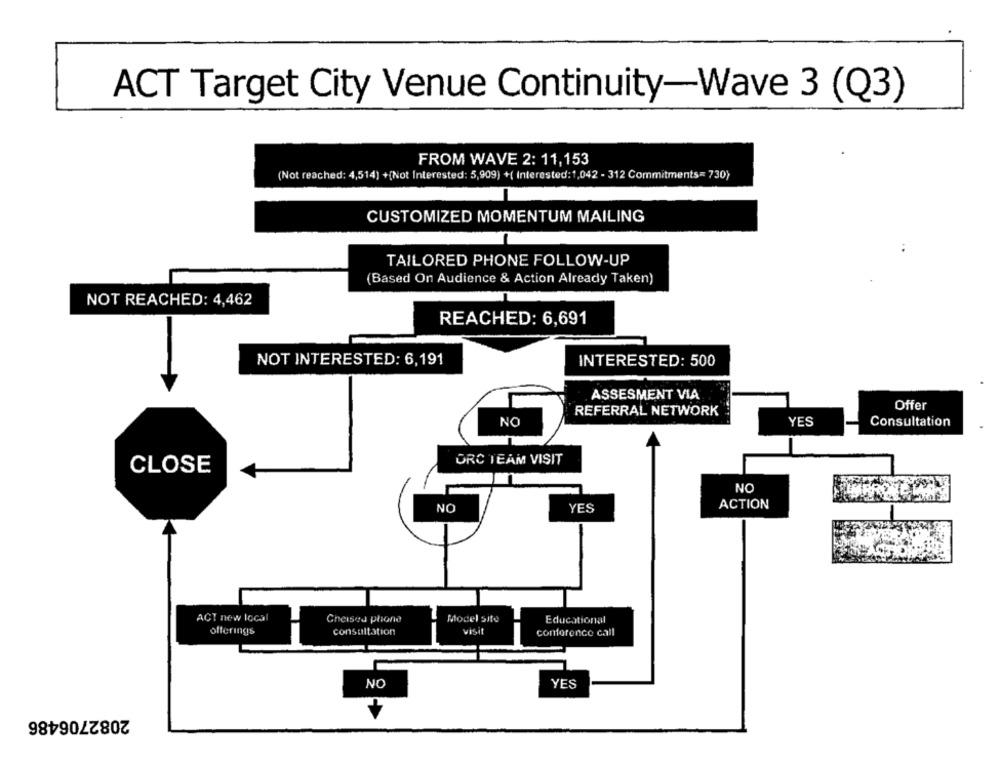
ACT Target City Venue Continuity-Wave 3 (Q3)
FROM WAVE 2: 11,153
(Not reached: 4,514) +(Not Interested: 5,909) +( Interested:1,042 - 312 Commitments= 730)
CUSTOMIZED MOMENTUM MAILING
TAILORED PHONE FOLLOW-UP
(Based On Audience & Action Already Taken)
NOT REACHED: 4,462
REACHED: 6,691
NOT INTERESTED: 6,191
INTERESTED: 500
ASSESMENT VIA
Offer
REFERRAL NETWORK
NO
YES
Consultation
ORC TEAM VISIT
CLOSE
NO
ACTION
NO
YES
ACT new local
Cheised phone
Model site
Educational
offerings
consultation
VISIT
conference call
NO
YES
2082706486